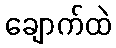
ချောက်ထဲ